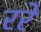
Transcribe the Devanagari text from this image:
ररे